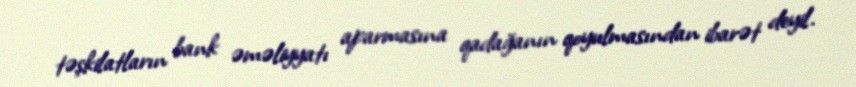
təşkilatların bank əməliyyatı aparmasına qadağanın qoyulmasından ibarət deyil.